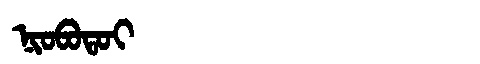
Manchu: ᠨᡳᠣᠪᠣᡨᠣᡳ
Romanization: NIOBOTOI